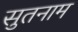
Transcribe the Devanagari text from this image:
सुतनाम